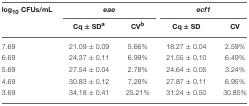
<table><thead><tr><td><b>log<sub>10</sub> CFUs/mL</b></td><td colspan="2"><b><i>eae</i></b></td><td colspan="2"><b><i>ecf1</i></b></td></tr><tr><td></td><td><b>Cq ± SD<sup>a</sup></b></td><td><b>CV<sup>b</sup></b></td><td><b>Cq ± SD</b></td><td><b>CV</b></td></tr></thead><tbody><tr><td>7.69</td><td>21.09 ± 0.09</td><td>5.66%</td><td>18.27 ± 0.04</td><td>2.59%</td></tr><tr><td>6.69</td><td>24.37 ± 0.11</td><td>6.99%</td><td>21.55 ± 0.10</td><td>6.49%</td></tr><tr><td>5.69</td><td>27.54 ± 0.04</td><td>2.78%</td><td>24.64 ± 0.05</td><td>3.24%</td></tr><tr><td>4.69</td><td>30.83 ± 0.12</td><td>7.28%</td><td>27.87 ± 0.11</td><td>6.95%</td></tr><tr><td>3.69</td><td>34.18 ± 0.41</td><td>25.21%</td><td>31.24 ± 0.50</td><td>30.85%</td></tr></tbody></table>